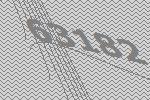
63182